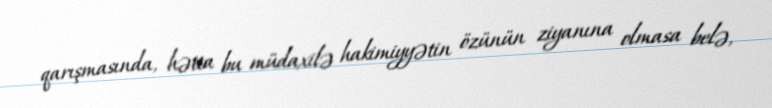
qarışmasında, hətta bu müdaxilə hakimiyyətin özünün ziyanına olmasa belə,